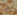
له